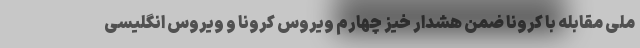
ملی مقابله با کرونا ضمن هشدار خیز چهارم ویروس کرونا و ویروس انگلیسی